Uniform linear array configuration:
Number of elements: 12
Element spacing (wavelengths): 0.75
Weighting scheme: cosine
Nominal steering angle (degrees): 45
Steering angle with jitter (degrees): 45.29
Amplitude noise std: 0.05
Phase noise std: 0.05

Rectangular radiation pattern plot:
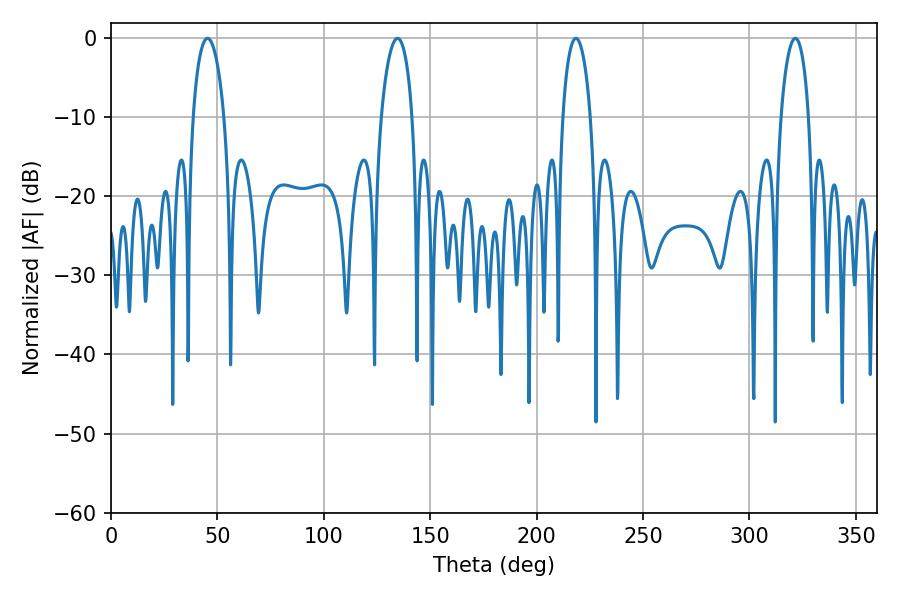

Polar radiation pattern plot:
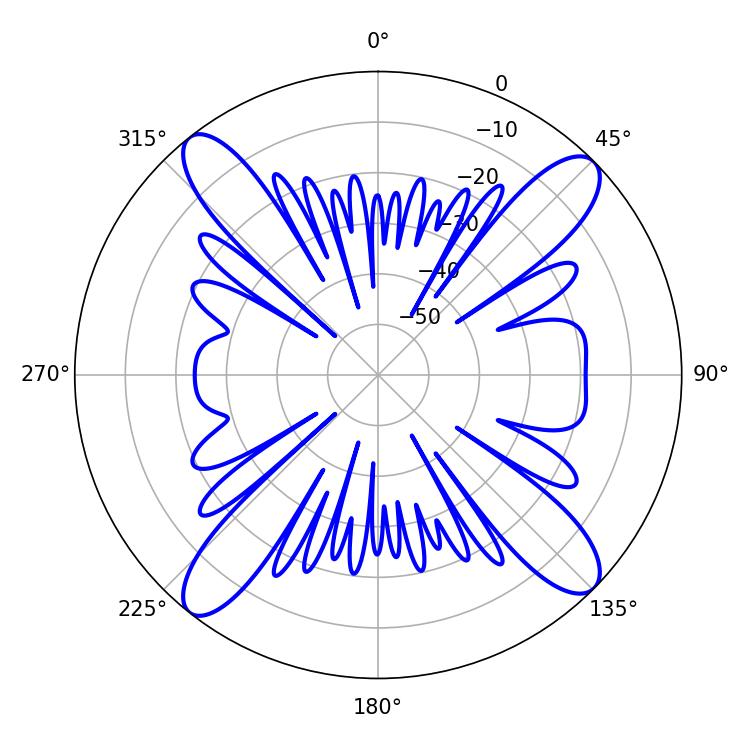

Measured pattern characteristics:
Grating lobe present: TRUE
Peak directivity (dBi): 15.811
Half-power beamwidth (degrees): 8.28
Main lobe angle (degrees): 45.36